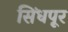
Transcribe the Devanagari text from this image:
सिंधपूर